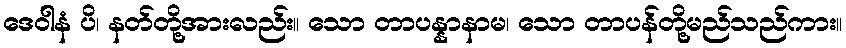
ဒေဝါနံ ပိ၊ နတ်တို့အားလည်း။ သော တာပန္နာနာမ၊ သော တာပန်တို့မည်သည်ကား။